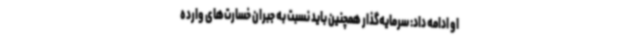
او ادامه داد: سرمایه‌گذار همچنین باید نسبت به جبران خسارت‌های وارده